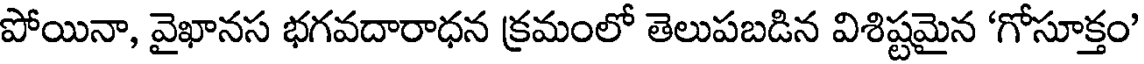
పోయినా, వైఖానస భగవదారాధన క్రమంలో తెలుపబడిన విశిష్టమైన 'గోసూక్తం'